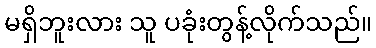
မရှိဘူးလား သူ ပခုံးတွန့်လိုက်သည်။